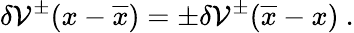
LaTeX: \delta{\cal V}^{\pm}(x-\overline{{x}})=\pm\delta{\cal V}^{\pm}(\overline{{x}}-x)\ .